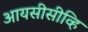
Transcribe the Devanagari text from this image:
आयसीसीव्हि